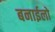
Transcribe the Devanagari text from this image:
बनाईलो